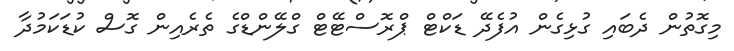
މިގޮތުން ދެބައި ގުޅިގެން އުފެދޭ ޑަކްޓް ޕްރޮސްޓޭޓް ގްލޭންޑްގެ ތެރެއިން ގޮސް ކުޑަކަމުދާ